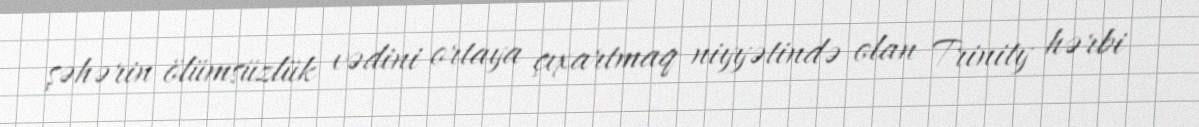
şəhərin ölümsüzlük vədini ortaya çıxartmaq niyyətində olan Trinity hərbi